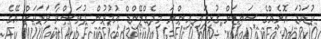
ކުޑަކުޑަ އޮށެއްގެ ސައިޒަށް ގުޅިފައި އިންނަ މިދެގްލޭންޑް އުމުރުން ދުވަސްވާ ވަރަކަށް އޭގެ